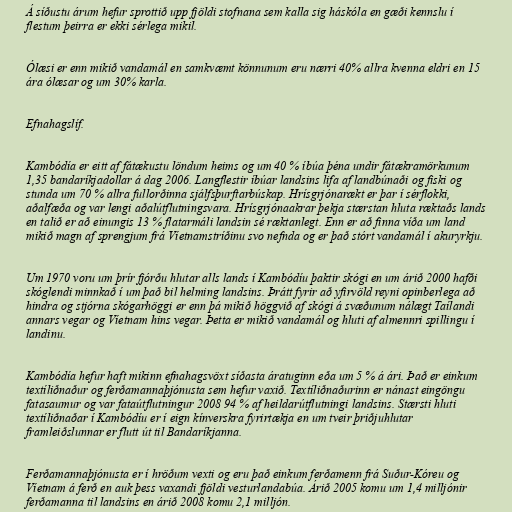
Á síðustu árum hefur sprottið upp fjöldi stofnana sem kalla sig háskóla en gæði kennslu í
flestum þeirra er ekki sérlega mikil.

Ólæsi er enn mikið vandamál en samkvæmt könnunum eru nærri 40% allra kvenna eldri en 15
ára ólæsar og um 30% karla.

Efnahagslíf.

Kambódía er eitt af fátækustu löndum heims og um 40 % íbúa þéna undir fátækramörkunum
1,35 bandaríkjadollar á dag 2006. Langflestir íbúar landsins lifa af landbúnaði og fiski og
stunda um 70 % allra fullorðinna sjálfsþurftarbúskap. Hrísgrjónarækt er þar í sérflokki,
aðalfæða og var lengi aðalútflutningsvara. Hrísgrjónaakrar þekja stærstan hluta ræktaðs lands
en talið er að einungis 13 % flatarmáli landsin sé ræktanlegt. Enn er að finna víða um land
mikið magn af sprengjum frá Víetnamstríðinu svo nefnda og er það stórt vandamál í akuryrkju.

Um 1970 voru um þrír fjórðu hlutar alls lands í Kambódíu þaktir skógi en um árið 2000 hafði
skóglendi minnkað í um það bil helming landsins. Þrátt fyrir að yfirvöld reyni opinberlega að
hindra og stjórna skógarhöggi er enn þá mikið höggvið af skógi á svæðunum nálægt Taílandi
annars vegar og Víetnam hins vegar. Þetta er mikið vandamál og hluti af almennri spillingu í
landinu.

Kambódía hefur haft mikinn efnahagsvöxt síðasta áratuginn eða um 5 % á ári. Það er einkum
textíliðnaður og ferðamannaþjónusta sem hefur vaxið. Textíliðnaðurinn er nánast eingöngu
fatasaumur og var fataútflutningur 2008 94 % af heildarútflutningi landsins. Stærsti hluti
textíliðnaðar í Kambódíu er í eign kínverskra fyrirtækja en um tveir þriðjuhlutar
framleiðslunnar er flutt út til Bandaríkjanna.

Ferðamannaþjónusta er í hröðum vexti og eru það einkum ferðamenn frá Suður-Kóreu og
Víetnam á ferð en auk þess vaxandi fjöldi vesturlandabúa. Árið 2005 komu um 1,4 milljónir
ferðamanna til landsins en árið 2008 komu 2,1 milljón.